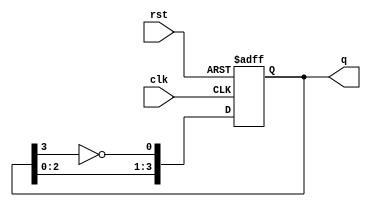
module johnson_counter #(parameter N = 4) (
    input wire clk,           // Clock input
    input wire rst,           // Asynchronous reset
    output reg [N-1:0] q      // Output of the counter
);

    // Sequential logic for the Johnson counter
    always @(posedge clk or posedge rst) begin
        if (rst) begin
            // Initialize the counter to zero
            q <= 0;
        end else begin
            // Shift the outputs and invert the last flip-flop's output
            q <= {q[N-2:0], ~q[N-1]};
        end
    end

endmodule